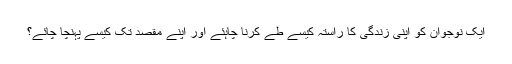
ایک نوجوان کو اپنی زندگی کا راستہ کیسے طے کرنا چاہئے اور اپنے مقصد تک کیسے پہنچا چائے؟